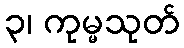
၃၊ ကုမ္မသုတ်